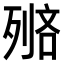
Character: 𠞺